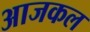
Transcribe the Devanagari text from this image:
अाजकल